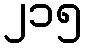
၂၁၅